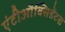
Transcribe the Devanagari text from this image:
एंटीऔक्सिडेंटस